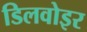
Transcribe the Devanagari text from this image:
डिलवोइर